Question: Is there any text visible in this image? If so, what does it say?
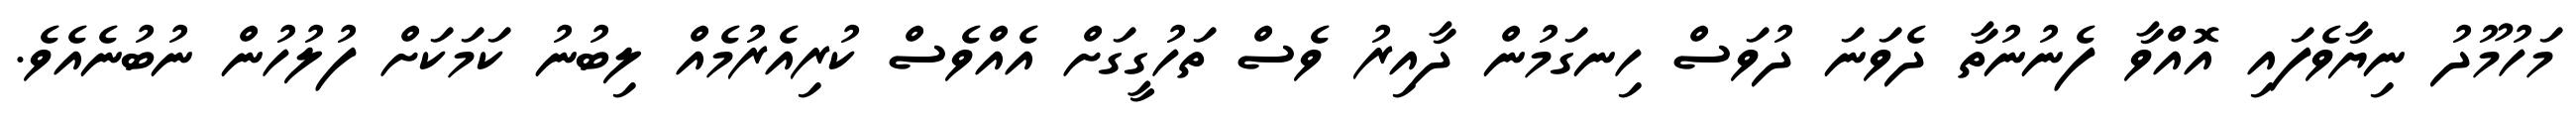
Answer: މަހުމޫދު ނިޔާވެފައި އޮއްވާ ފެނުނުތާ ދެވަނަ ދުވަސް ހިނގަމުން ދާއިރު ވެސް ތަހުގީގަށް އެއްވެސް ކުރިއެރުމެއް ލިބުނު ކަމަކަށް ފުލުހުން ނުބުނެއެވެ.